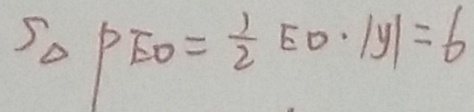
S _ { \Delta } P E O = \frac { 1 } { 2 } E D \cdot \vert y \vert = 6